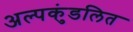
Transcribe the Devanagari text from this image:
अल्पकुंडलित